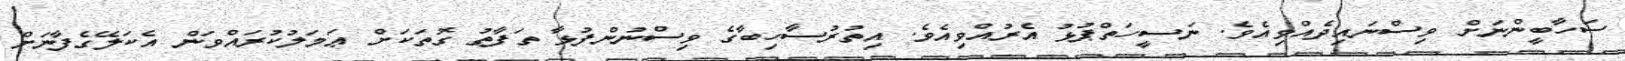
ސަހާބީންނަށް ވިސްނައިދެއްވިއެވެ. ނަސީހަތްޕުޅު އެރުއްވިއެވެ. އިތުރުސާހިބާގެ ވިސްނުންފުޅާ ތަފާތު ގޮތަކަށް ޢަމަލުކުރައްވަން އެކަލޭގެފާނަށް